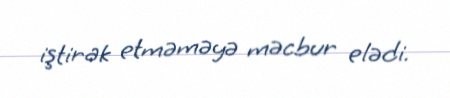
iştirak etməməyə məcbur elədi.